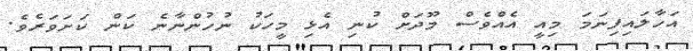
އަހާލައިފިނަމަ މިއީ އެއްވެސް މޫދަށް ކުނި އެޅި މީހަކު ނުހުންނާނެ ކަން ކަށަވަރެވެ.